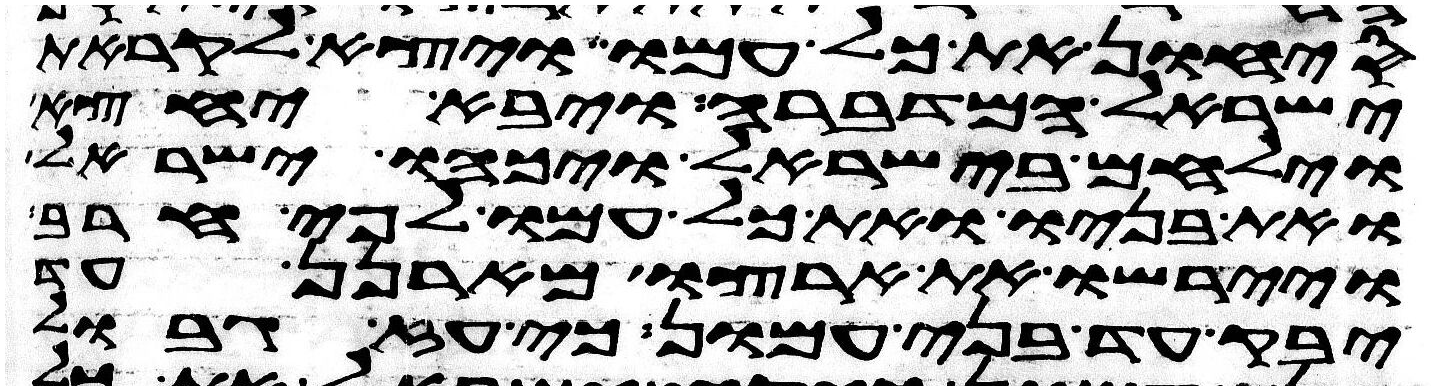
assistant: סיחון את כל עמו ויצא לקראת
ישראל המדברה ויבא יחצה
וילחם בישראל ויכהו ישראל
ואת בניו ואת כל עמו לפי חרב
ויירשו את ארצו מארנן עד
יבק עד בני עמון כי עז גבול